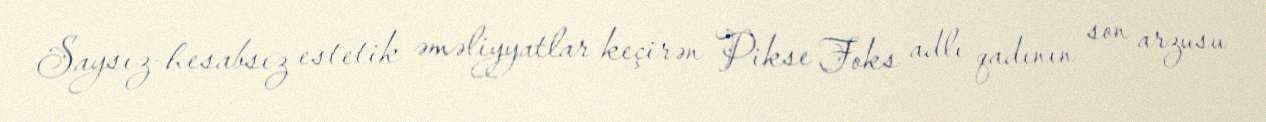
Saysız-hesabsız estetik əməliyyatlar keçirən Pikse Foks adlı qadının son arzusu